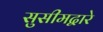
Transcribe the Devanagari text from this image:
सुसीमद्वारे